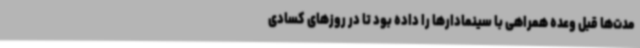
مدت‌ها قبل وعده همراهی با سینمادارها را داده بود تا در روزهای کسادی